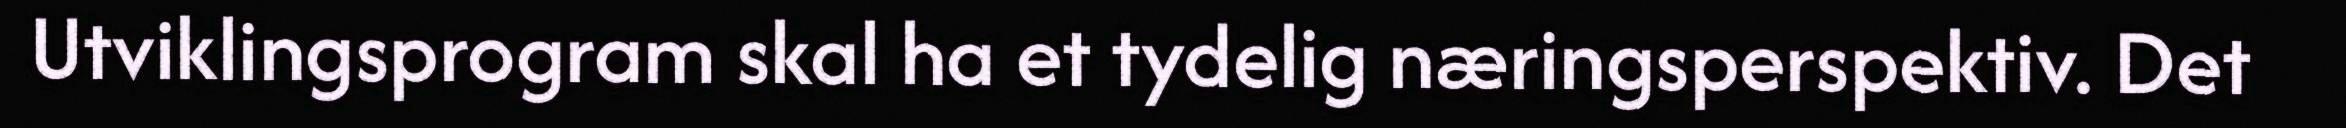
Utviklingsprogram skal ha et tydelig næringsperspektiv. Det